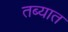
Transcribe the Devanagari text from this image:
तब्यात